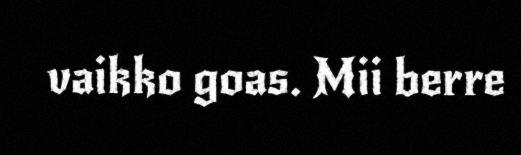
vaikko goas. Mii berre